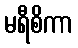
မရီစိကာ